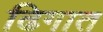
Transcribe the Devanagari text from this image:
ढिगात